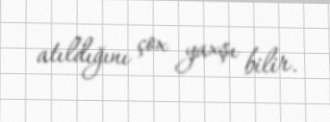
atıldığını çox yaxşı bilir.